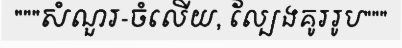
"""សំណួរ-ចំលើយ, ល្បែងគូររូប"""